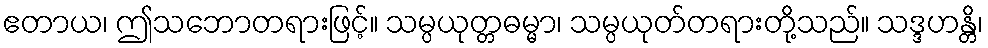
ဧတာယ၊ ဤသဘောတရားဖြင့်။ သမ္ပယုတ္တဓမ္မာ၊ သမ္ပယုတ်တရားတို့သည်။ သဒ္ဒဟန္တိ၊